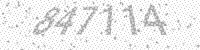
Solution: 847114